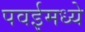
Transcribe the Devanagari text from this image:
पवईमध्ये